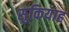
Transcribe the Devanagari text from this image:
सुकियाह